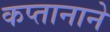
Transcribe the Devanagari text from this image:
कप्‍तानाने